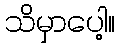
သိမှာပေါ့။